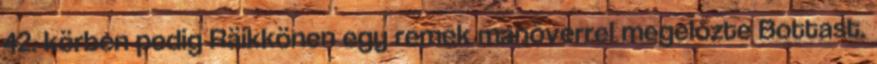
42. körben pedig Räikkönen egy remek manőverrel megelőzte Bottast.